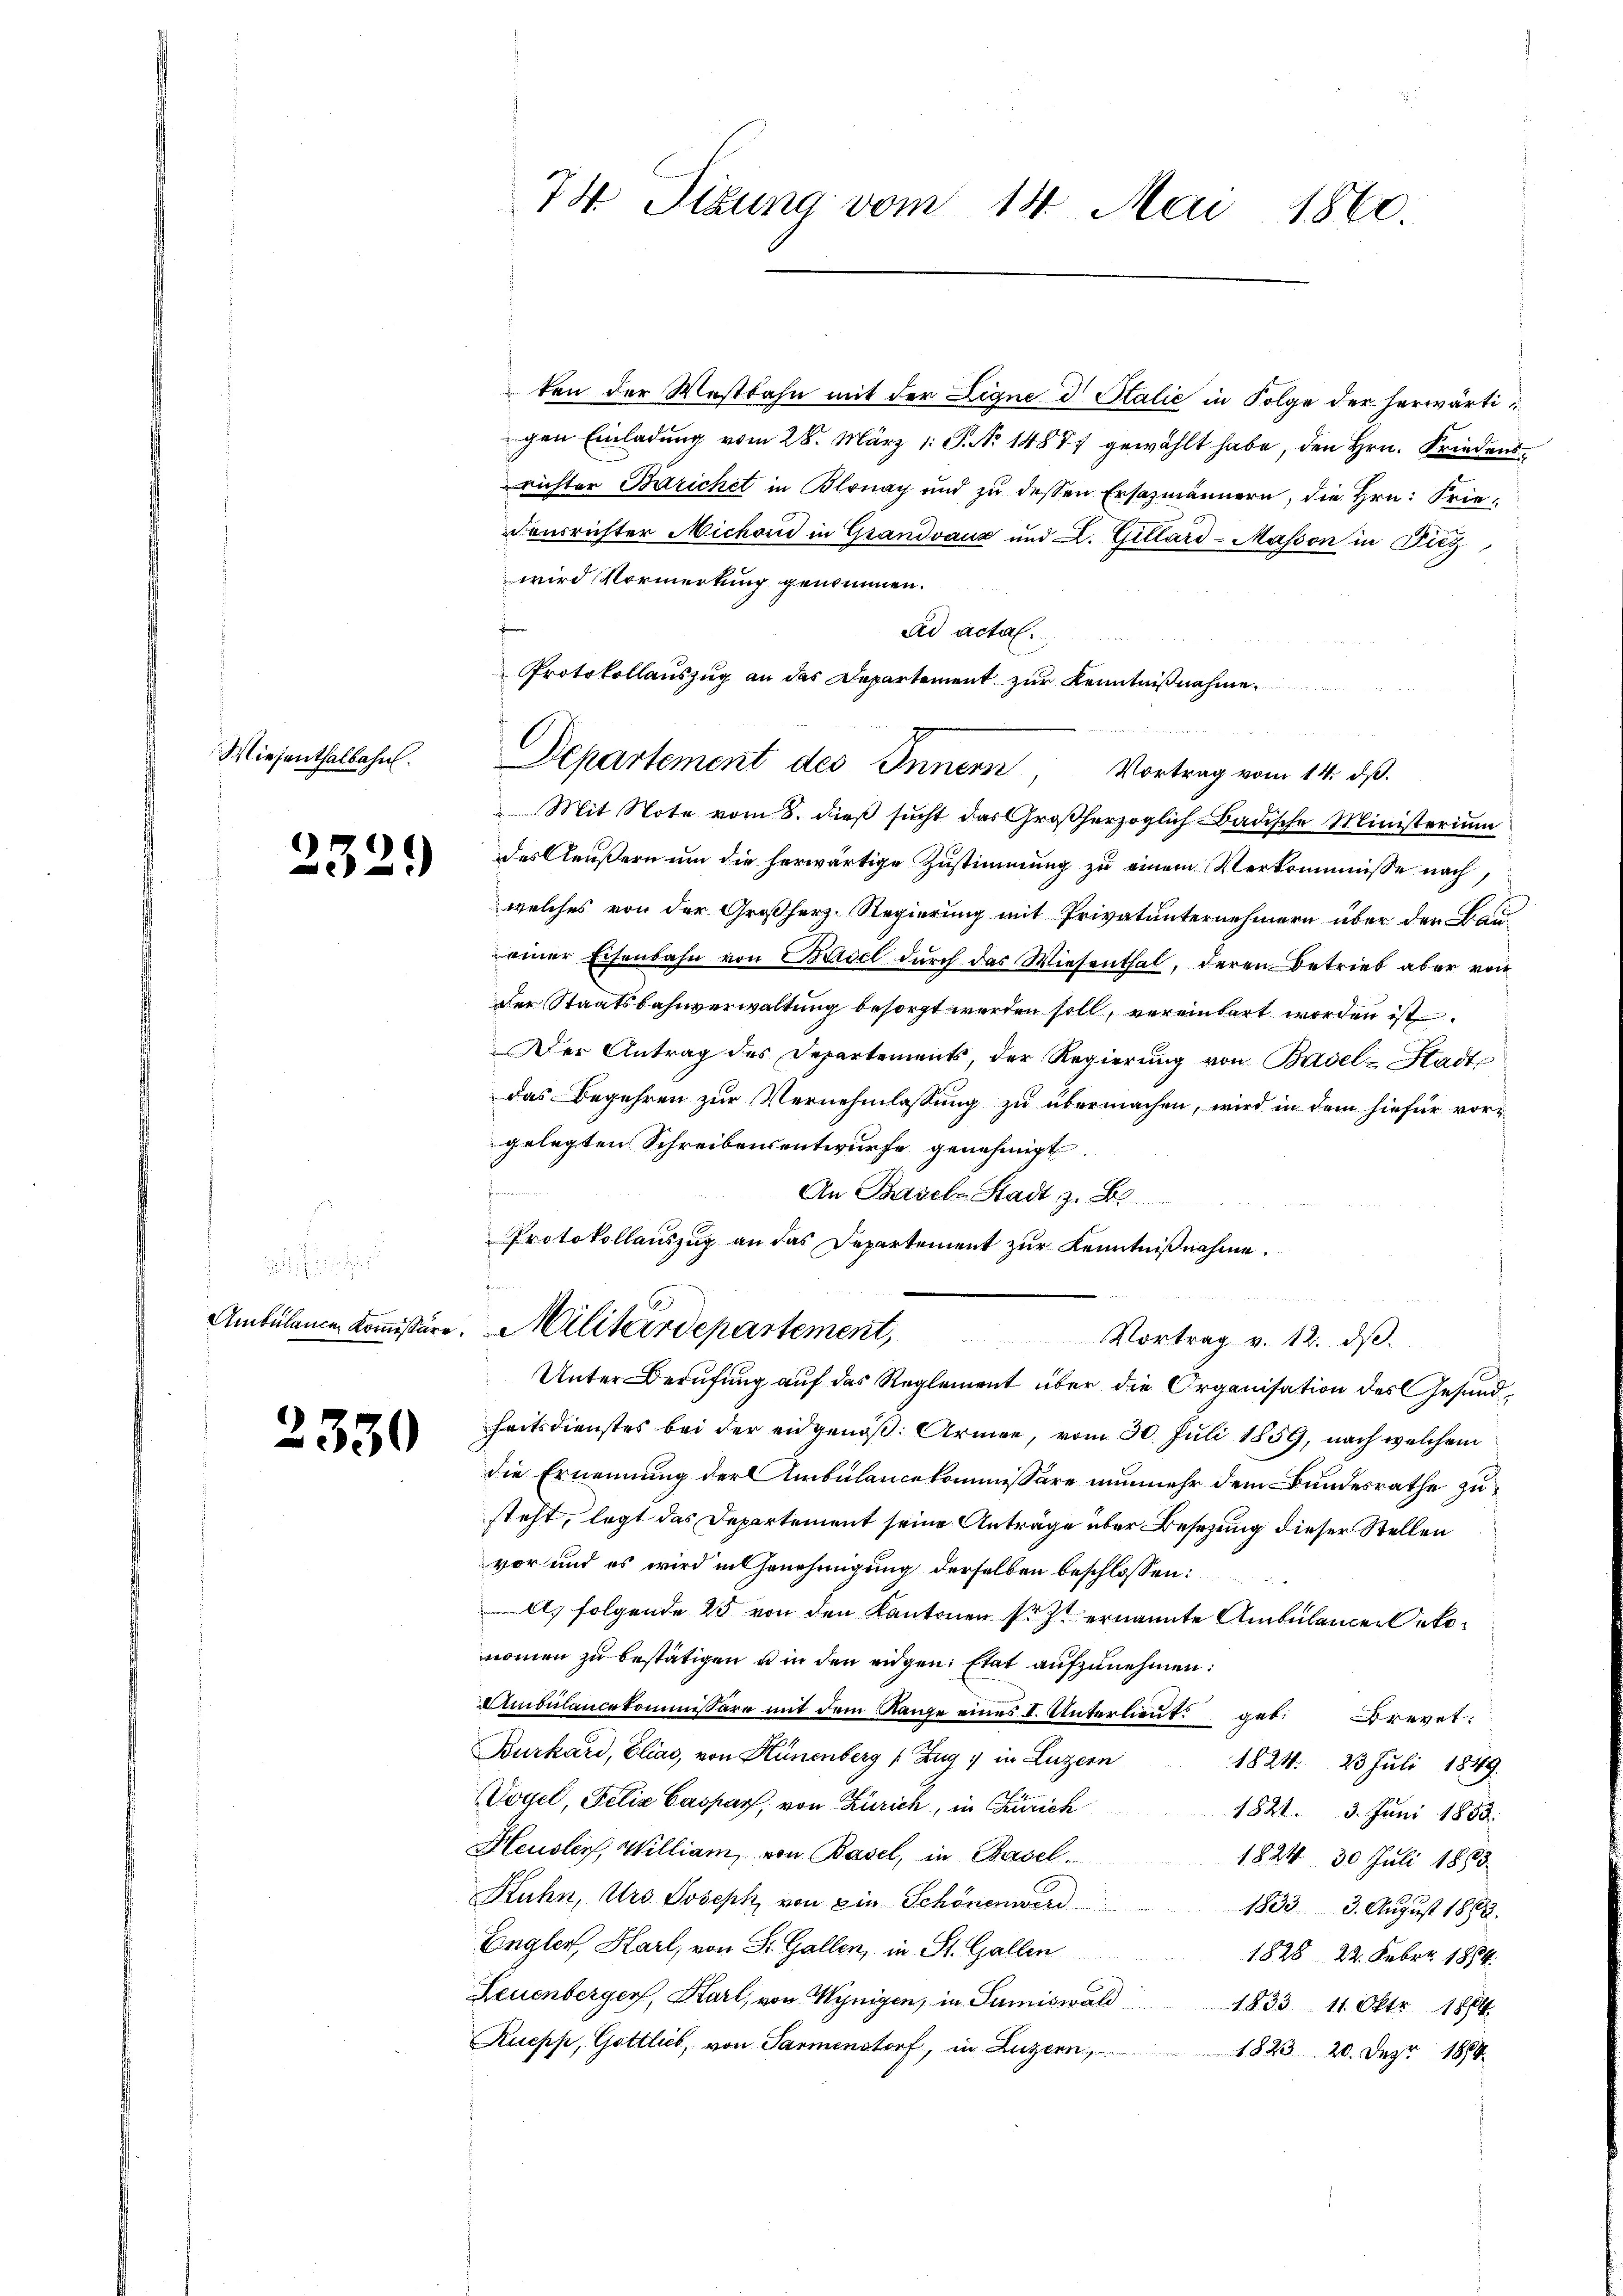
Miesenthalbahn.

2329

i

2330

74. Sigung vom 14. Mai 1860.

gen Einladung vom 28. März 1. P. N. 14877 gewählt habe, den Hrn. Friedens
richter Berichet in Blonay und zu dessen Ersazmännern, die Hrn. Friedensrichter Michoud in Grandvaux und L. Gillard-Masson in Diez
wird Vormerkung genommen.
ad actal.
Protokollauszug an das Departement zur Kenntnißnahme.
Mit Note vom 8. dieß sucht das Großherzoglich Badische Ministerium
des Aeußern um die herwärtige Zustimmung zu einem Verkommisse nach
welches von der Großherz-Regierung mit Privatunternehmern über den Bau-
einer Eisenbahn von Basel durch das Wiesenthal, deren Betrieb aber von
Der Staatsbahnverwaltung besorgt werden soll, vereinbart worden ist
Der Antrag des Departements, der Regierŭng von Basel-Stadtdas Begehren zur Vernehmlassung zu übermachen, wird in dem hiefür vorgelegten Schreibensentwurfe genehmigt.
An Basel Stadt z. B.
Protokollauszug an das Departement zur Kenntnißnahme.
Ambülance Kommissäre. Militärdepartement, Vortrag v. 12. ds.
Unter Berufung auf das Reglement über die Organisation des Gesundheitsdienstes bei der eidgenöß. Armee, vom 30. Juli 1859, nach welchem
die Ernennung der Ambulancekommissäre nunmehr dem Bundesrathe zusteht, legt das Departement seine Anträge über Besetzung dieser Stellen
vor und es wird in Genehmigung derselben beschlossen:
A. folgende 25 von den Kantonen so zu ernannte Ambulander Oekonoṁen zŭ bestätigen u in den eidgen. Etat aufzunehmen:
Ambülancekommissäre mit dem Range eines I. Unterlieŭt. geb. Brevet:
Burkard, Elias, von Hünenberg (Zug in Luzern
1824. 23 Juli 1849.
Vogel, Felix Caspar, von Zürich, in Curich
1821. 3. Juni 1858.
Heusler, William, von Basel, in Basel¬
1824. 30. Juli 1883.
Kuhn, Urs Joseph von ein Schönenwerd
1833 3. August 1882.
Engler, Harl, von St. Gallen, in St. Gallen
1828 22. Feber 1864.
Leuenberger, Karl, von Wynigen, in Sumiswald 1833 11. Oktr. 1884.
Ruepp, Gottlieb, von Parmenstorf, in Luzern,
1823. 20. Dez. 1884

Departement des Innern, Vortrag vom 14. ds.

ten der Mastbahn mit der Eigne d. Stalie in Folge der herwärti¬